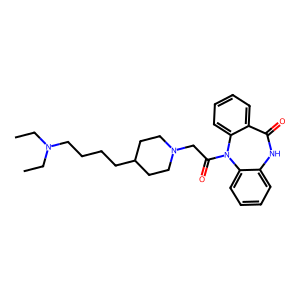
SMILES: CCN(CC)CCCCC1CCN(CC(=O)N2c3ccccc3NC(=O)c3ccccc32)CC1
Inhibits HIV replication: No